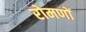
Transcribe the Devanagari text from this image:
रोमणों